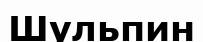
Шульпин